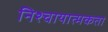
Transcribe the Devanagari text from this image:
निश्चायात्मकता